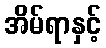
အိမ်ရာနှင့်